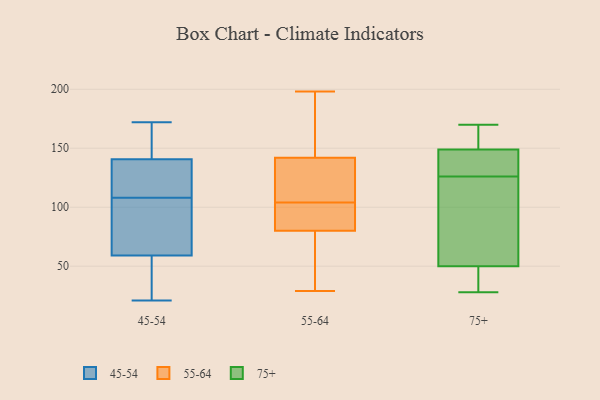
{"axis": {"x": "Revenue (USD Million)", "y": "Value"}, "legend": ["45-54", "55-64", "75+"], "data": [{"x": "", "y": 140, "type": "45-54"}, {"x": "", "y": 141, "type": "45-54"}, {"x": "", "y": 33, "type": "45-54"}, {"x": "", "y": 59, "type": "45-54"}, {"x": "", "y": 59, "type": "45-54"}, {"x": "", "y": 108, "type": "45-54"}, {"x": "", "y": 36, "type": "45-54"}, {"x": "", "y": 168, "type": "45-54"}, {"x": "", "y": 108, "type": "45-54"}, {"x": "", "y": 54, "type": "45-54"}, {"x": "", "y": 63, "type": "45-54"}, {"x": "", "y": 172, "type": "45-54"}, {"x": "", "y": 162, "type": "45-54"}, {"x": "", "y": 99, "type": "45-54"}, {"x": "", "y": 159, "type": "45-54"}, {"x": "", "y": 135, "type": "45-54"}, {"x": "", "y": 21, "type": "45-54"}, {"x": "", "y": 82, "type": "45-54"}, {"x": "", "y": 133, "type": "45-54"}, {"x": "", "y": 88, "type": "55-64"}, {"x": "", "y": 34, "type": "55-64"}, {"x": "", "y": 145, "type": "55-64"}, {"x": "", "y": 198, "type": "55-64"}, {"x": "", "y": 80, "type": "55-64"}, {"x": "", "y": 123, "type": "55-64"}, {"x": "", "y": 29, "type": "55-64"}, {"x": "", "y": 106, "type": "55-64"}, {"x": "", "y": 142, "type": "55-64"}, {"x": "", "y": 102, "type": "55-64"}, {"x": "", "y": 139, "type": "75+"}, {"x": "", "y": 149, "type": "75+"}, {"x": "", "y": 169, "type": "75+"}, {"x": "", "y": 35, "type": "75+"}, {"x": "", "y": 55, "type": "75+"}, {"x": "", "y": 146, "type": "75+"}, {"x": "", "y": 170, "type": "75+"}, {"x": "", "y": 113, "type": "75+"}, {"x": "", "y": 50, "type": "75+"}, {"x": "", "y": 45, "type": "75+"}, {"x": "", "y": 166, "type": "75+"}, {"x": "", "y": 100, "type": "75+"}, {"x": "", "y": 143, "type": "75+"}, {"x": "", "y": 28, "type": "75+"}]}